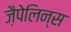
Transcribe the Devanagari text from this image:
ज़ैपेलिन्स